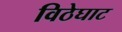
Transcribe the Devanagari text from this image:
विठेघाट